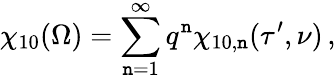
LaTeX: \chi_{10}(\Omega)=\sum_{\mathtt{n}=1}^{\infty}q^{\mathtt{n}}\chi_{10,\mathtt{n}}(\tau^{\prime},\nu)\, ,